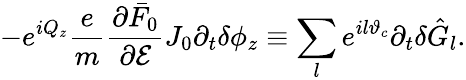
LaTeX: -e^{iQ_{z}}\frac{e}{m}\frac{\partial\bar{F}_{0}}{\partial\mathcal{E}}J_{0}\partial_{t}\delta\phi_{z}\equiv\sum_{l}e^{il\vartheta_{c}}\partial_{t}\delta\hat{G}_{l}.